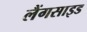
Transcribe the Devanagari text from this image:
लैंगसाइड